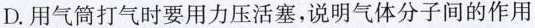
D.用气筒打气时要用力压活塞，说明气体分子间的作用